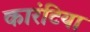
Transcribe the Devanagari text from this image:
कारंटिया